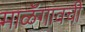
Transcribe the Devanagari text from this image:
माळॅगावची